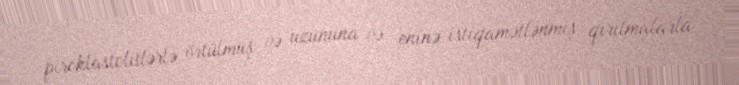
piroklastolitlərlə örtülmüş və uzununa və eninə istiqamətlənmiş qırılmalarla